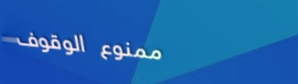
ممنوع الوقوف